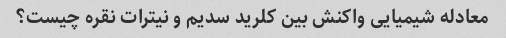
معادله شیمیایی واکنش بین کلرید سدیم و نیترات نقره چیست؟